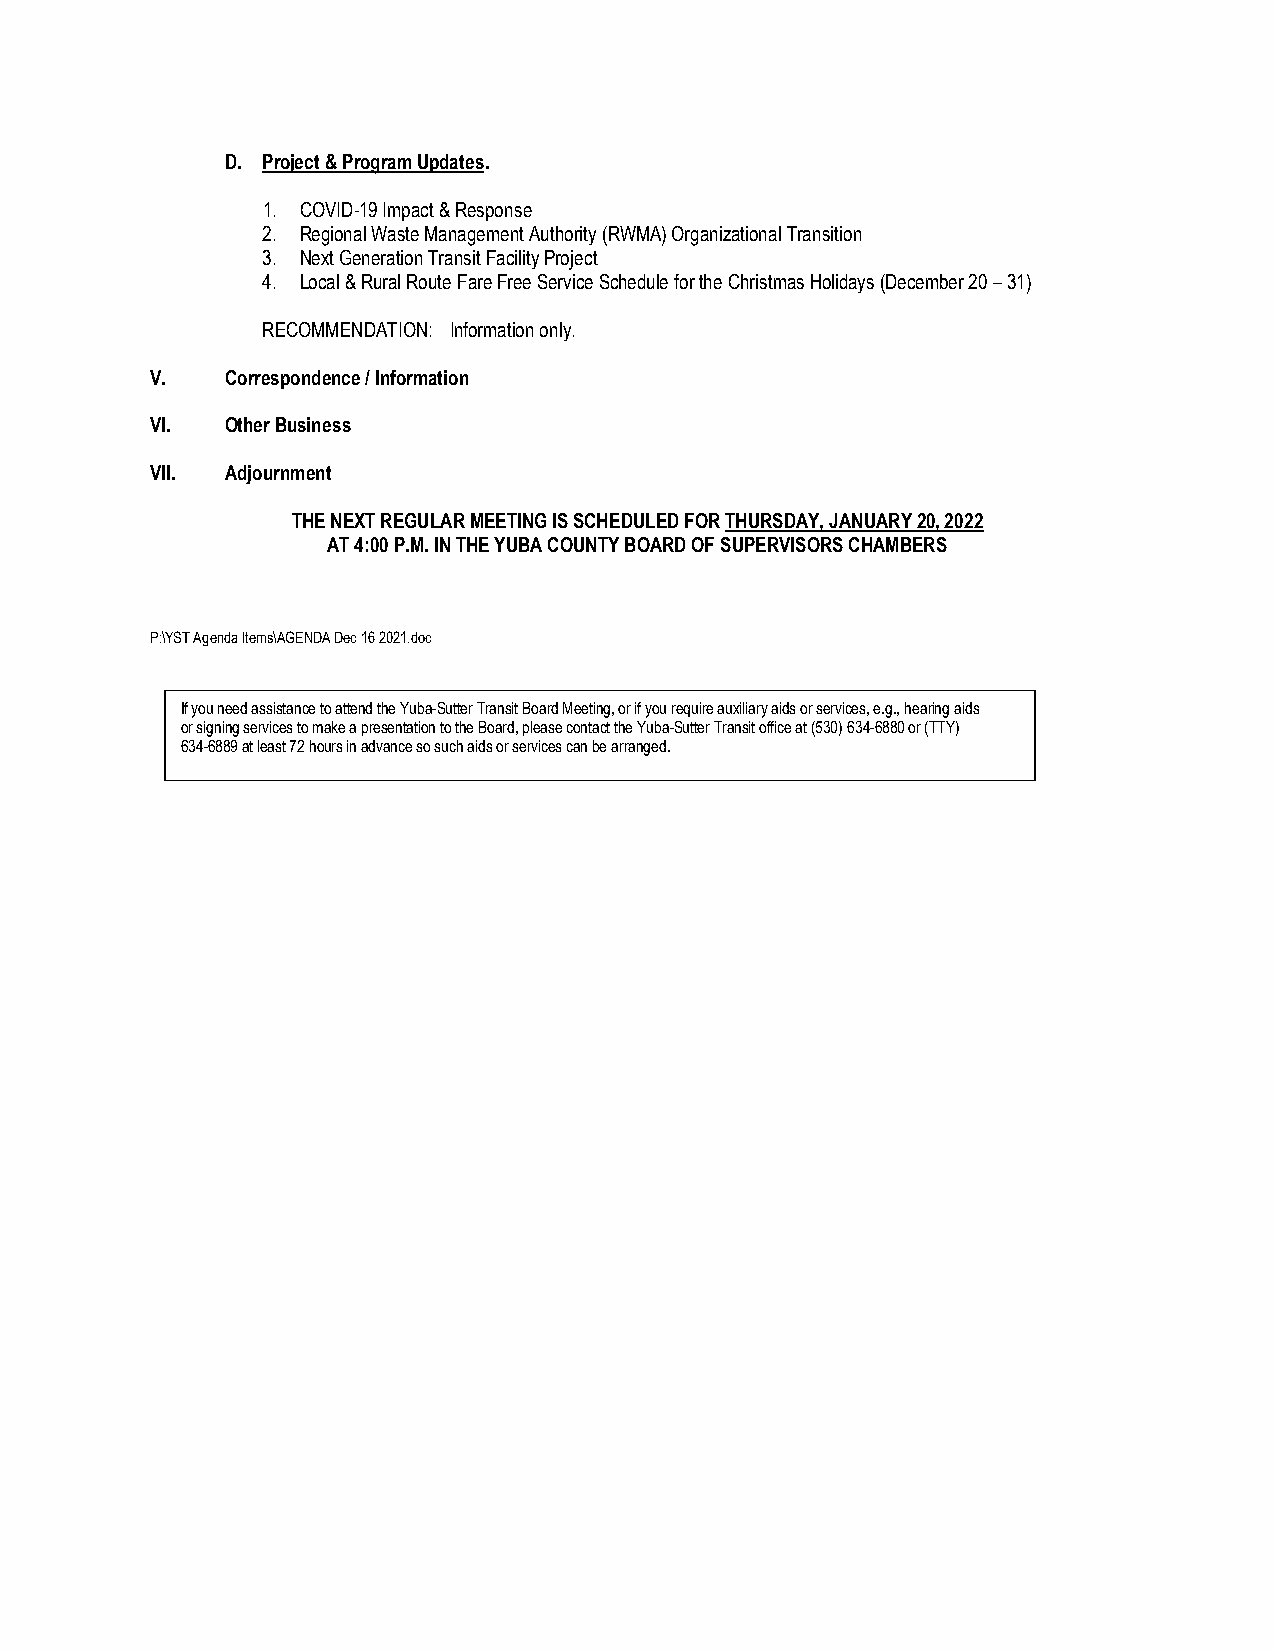
D. Project & Program Updates.
 1. COVID-19 Impact & Response
 2. Regional Waste Management Authority (RWMA) Organizational Transition
 3. Next Generation Transit Facility Project
 4. Local & Rural Route Fare Free Service Schedule for the Christmas Holidays (December 20 – 31)
 RECOMMENDATION: Information only.
 V.   Correspondence / Information
 VI.  Other Business
 VII. Adjournment
 THE NEXT REGULAR MEETING IS SCHEDULED FOR THURSDAY, JANUARY 20, 2022
 AT 4:00 P.M. IN THE YUBA COUNTY BOARD OF SUPERVISORS CHAMBERS
 P:\YST Agenda Items\AGENDA Dec 16 2021.doc
 If you need assistance to attend the Yuba-Sutter Transit Board Meeting, or if you require auxiliary aids or services, e.g., hearing aids
 or signing services to make a presentation to the Board, please contact the Yuba-Sutter Transit office at (530) 634-6880 or (TTY)
 634-6889 at least 72 hours in advance so such aids or services can be arranged.